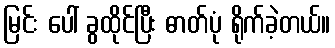
မြင်း ပေါ် ခွထိုင်ပြီး ဓာတ်ပုံ ရိုက်ခဲ့တယ်။